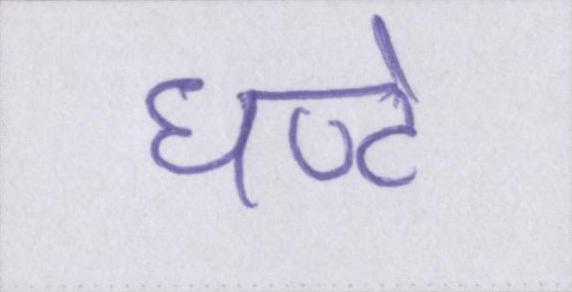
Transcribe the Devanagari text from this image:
घण्टे